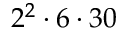
2 ^ { 2 } \cdot 6 \cdot 3 0